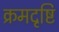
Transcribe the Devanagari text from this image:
क्रमदृष्टि